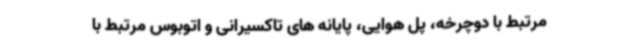
مرتبط با دوچرخه، پل هوایی، پایانه های تاکسیرانی و اتوبوس مرتبط با